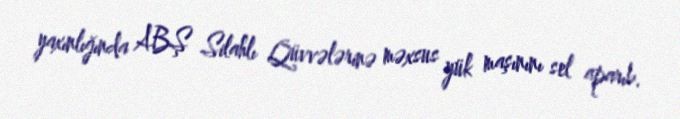
yaxınlığında ABŞ Silahlı Qüvvələrinə məxsus yük maşınını sel aparıb.